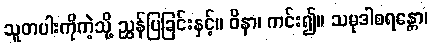
သူတပါးကိုကဲ့သို့ ညွှန်ပြခြင်းနှင့်။ ဝိနာ၊ ကင်း၍။ သမုဒါစရန္တော၊